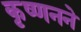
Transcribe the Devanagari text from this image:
कृष्णनने